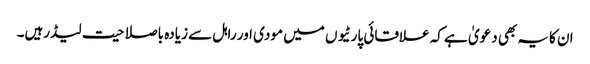
ان کایہ بھی دعویٰ ہے کہ علاقائی پارٹیو ں میں مودی اور راہل سے زیادہ باصلاحیت لیڈرہیں۔